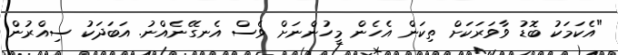
"އެކަމަކު ބޮޑު ވާވަރަކަށް ތިކަން އެހެން މީހުންނަށް ވެސް އެނގޭނެއްނު. އަބަދަކު ސިއްރުން